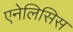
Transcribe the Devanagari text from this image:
एनेलिसिस